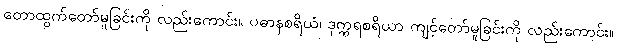
တောထွက်တော်မူခြင်းကို လည်းကောင်း။ ပဓာနစရိယံ၊ ဒုက္ကရစရိယာ ကျင့်တော်မူခြင်းကို လည်းကောင်း။